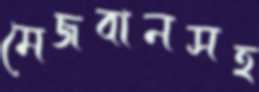
মেজবানসহ